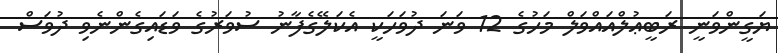
ޔަގީންވަނީ ރަބީޢުލްއައްވަލް މަހުގެ 12 ވަނަ ދުވަހަކީ އެކަލޭގެފާނު ސުވަރުގެ ވަޑައިގެންނެވި ދުވަސް